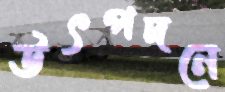
উৎপদনে